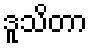
ဒူသိတာ